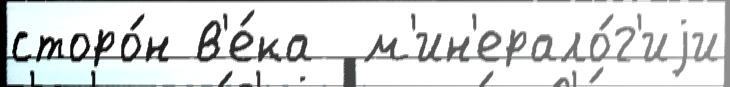
сторо́н в'е́ка  м'ин'ерало́г'иjи